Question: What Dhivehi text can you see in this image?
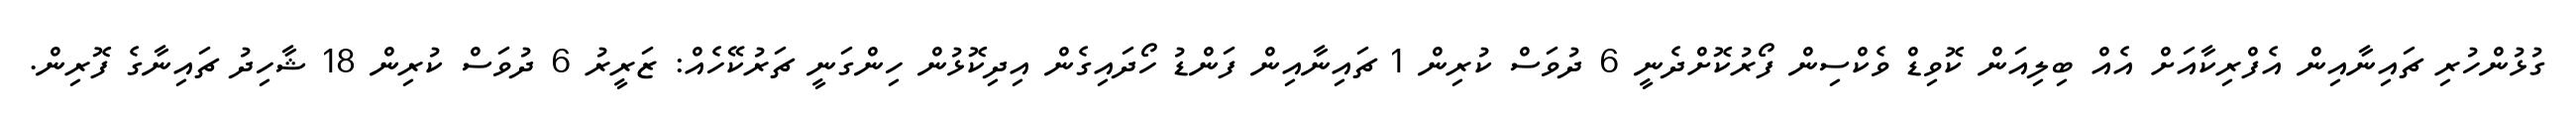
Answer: ގުޅުންހުރި ޗައިނާއިން އެފްރިކާއަށް އެއް ބިލިއަން ކޮވިޑް ވެކްސިން ފޯރުކޮށްދެނީ 6 ދުވަސް ކުރިން 1 ޗައިނާއިން ފަންޑު ހޯދައިގެން އިދިކޮޅުން ހިންގަނީ ޗަރުކޭހެއް: ޒަރީރު 6 ދުވަސް ކުރިން 18 ޝާހިދު ޗައިނާގެ ފޮރިން.